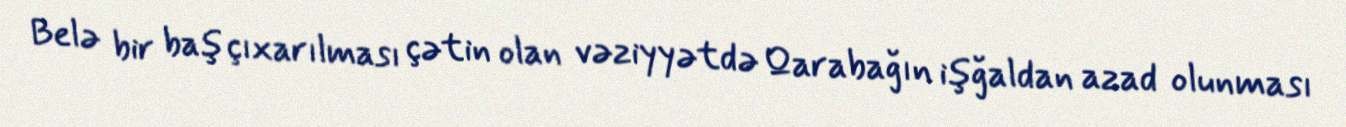
Belə bir baş çıxarılması çətin olan vəziyyətdə Qarabağın işğaldan azad olunması